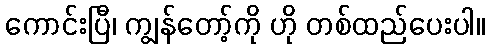
ကောင်းပြီ၊ ကျွန်တော့်ကို ဟို တစ်ထည်ပေးပါ။